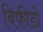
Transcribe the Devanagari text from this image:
बिफीडो